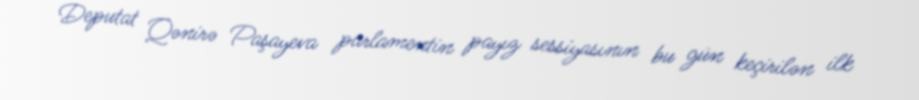
Deputat Qənirə Paşayeva parlamentin payız sessiyasının bu gün keçirilən ilk